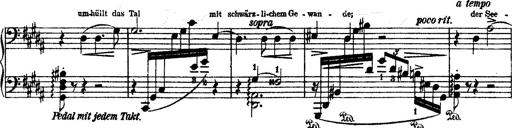
Title: O du mein holder Abendstern
Composer: Franz Liszt